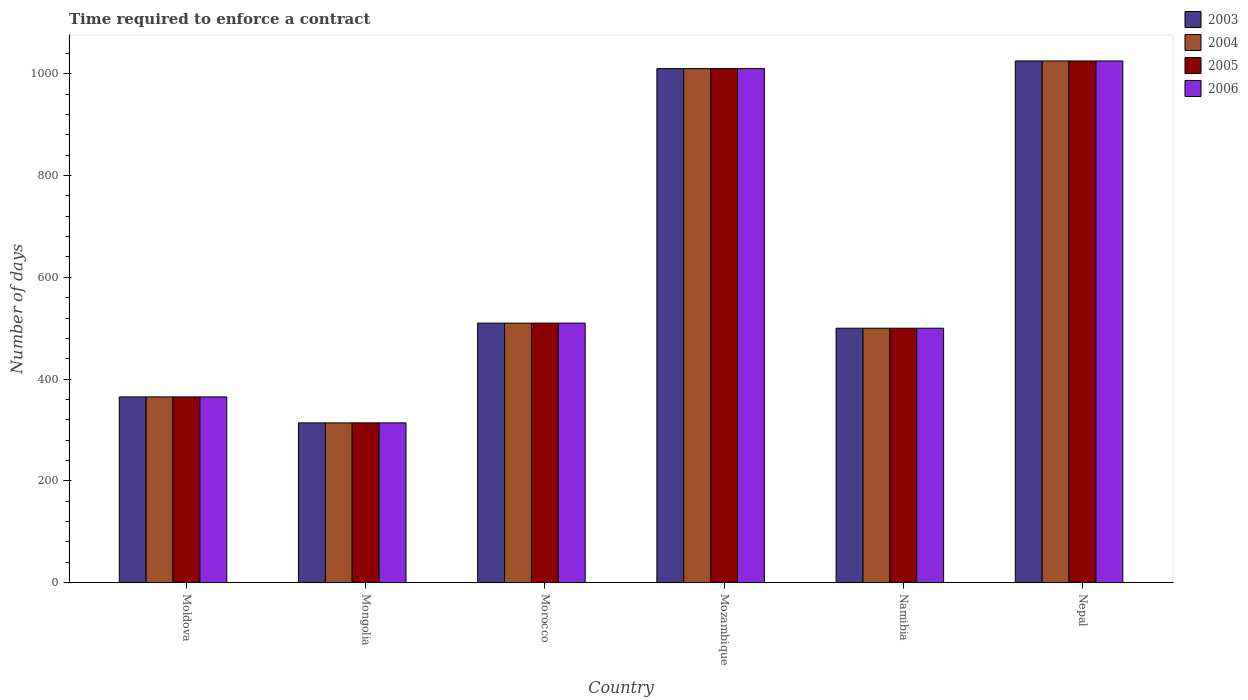
| Country | 2003 | 2004 | 2005 | 2006 |
 | --- | --- | --- | --- | --- |
 | Moldova | 365 | 365 | 365 | 365 |
 | Mongolia | 314 | 314 | 314 | 314 |
 | Morocco | 510 | 510 | 510 | 510 |
 | Mozambique | 1.01e+03 | 1.01e+03 | 1.01e+03 | 1.01e+03 |
 | Namibia | 500 | 500 | 500 | 500 |
 | Nepal | 1.02e+03 | 1.02e+03 | 1.02e+03 | 1.02e+03 |